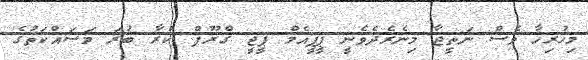
މިހުރިހާ ވެސް ނަތީޖާ މިނެރެދެވެނީ ޕީޕީއެމް ޕީޖީ ގްރޫޕް ކުރާ ބުރަ މަސައްކަތުގެ